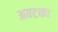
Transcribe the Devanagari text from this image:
अवटका